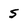
Character: s